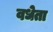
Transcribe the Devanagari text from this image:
वधेता